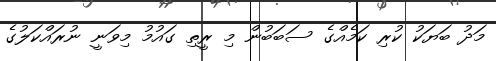
މަދު ބަޔަކު ކުރި ކަމެއްގެ ސަބަބުން މި ރީތި ގައުމު މިވަނީ ނުރައްކަލުގެ